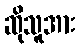
ဆိုသူအား